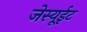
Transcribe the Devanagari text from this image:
जेस्यूईट